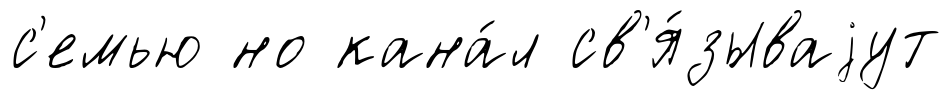
с'емью но кана́л св'я́зываjут